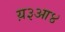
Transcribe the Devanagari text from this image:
य़३आ४